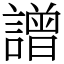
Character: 譄